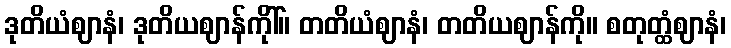
ဒုတိယံဈာနံ၊ ဒုတိယဈာန်ကိုါ်။ တတိယံဈာနံ၊ တတိယဈာန်ကို။ စတုတ္ထံဈာနံ၊